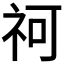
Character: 𥘫